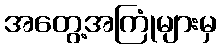
အတွေ့အကြုံများမှ